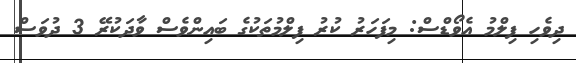
ދިވެހި ފިލްމު އެވޯޑްސް: މިފަހަރު ކުރު ފިލްމުތަކުގެ ބައިންވެސް ވާދަކުރޭ 3 ދުވަސް